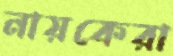
নায়কেরা